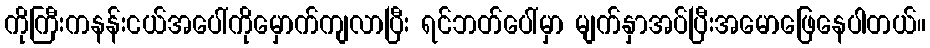
ကိုကြီးကနန်းငယ်အပေါ်ကိုမှောက်ကျလာပြီး ရင်ဘတ်ပေါ်မှာ မျက်နှာအပ်ပြီးအမောဖြေနေပါတယ်။